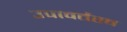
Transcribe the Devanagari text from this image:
उपावर्तस्व